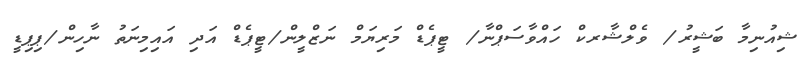
ޝިއުނިމާ ބަޝީރު/ ވެލްޝާރކް ހައްވާސަޕްނާ/ ޓީޕެޑް މަރިޔަމް ނަޒްލީން/ޓީޕެޑް އަދި އައިމިނަތު ނާހިން/ޕިޕިޑީ